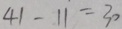
4 1 - 1 1 = 3 0